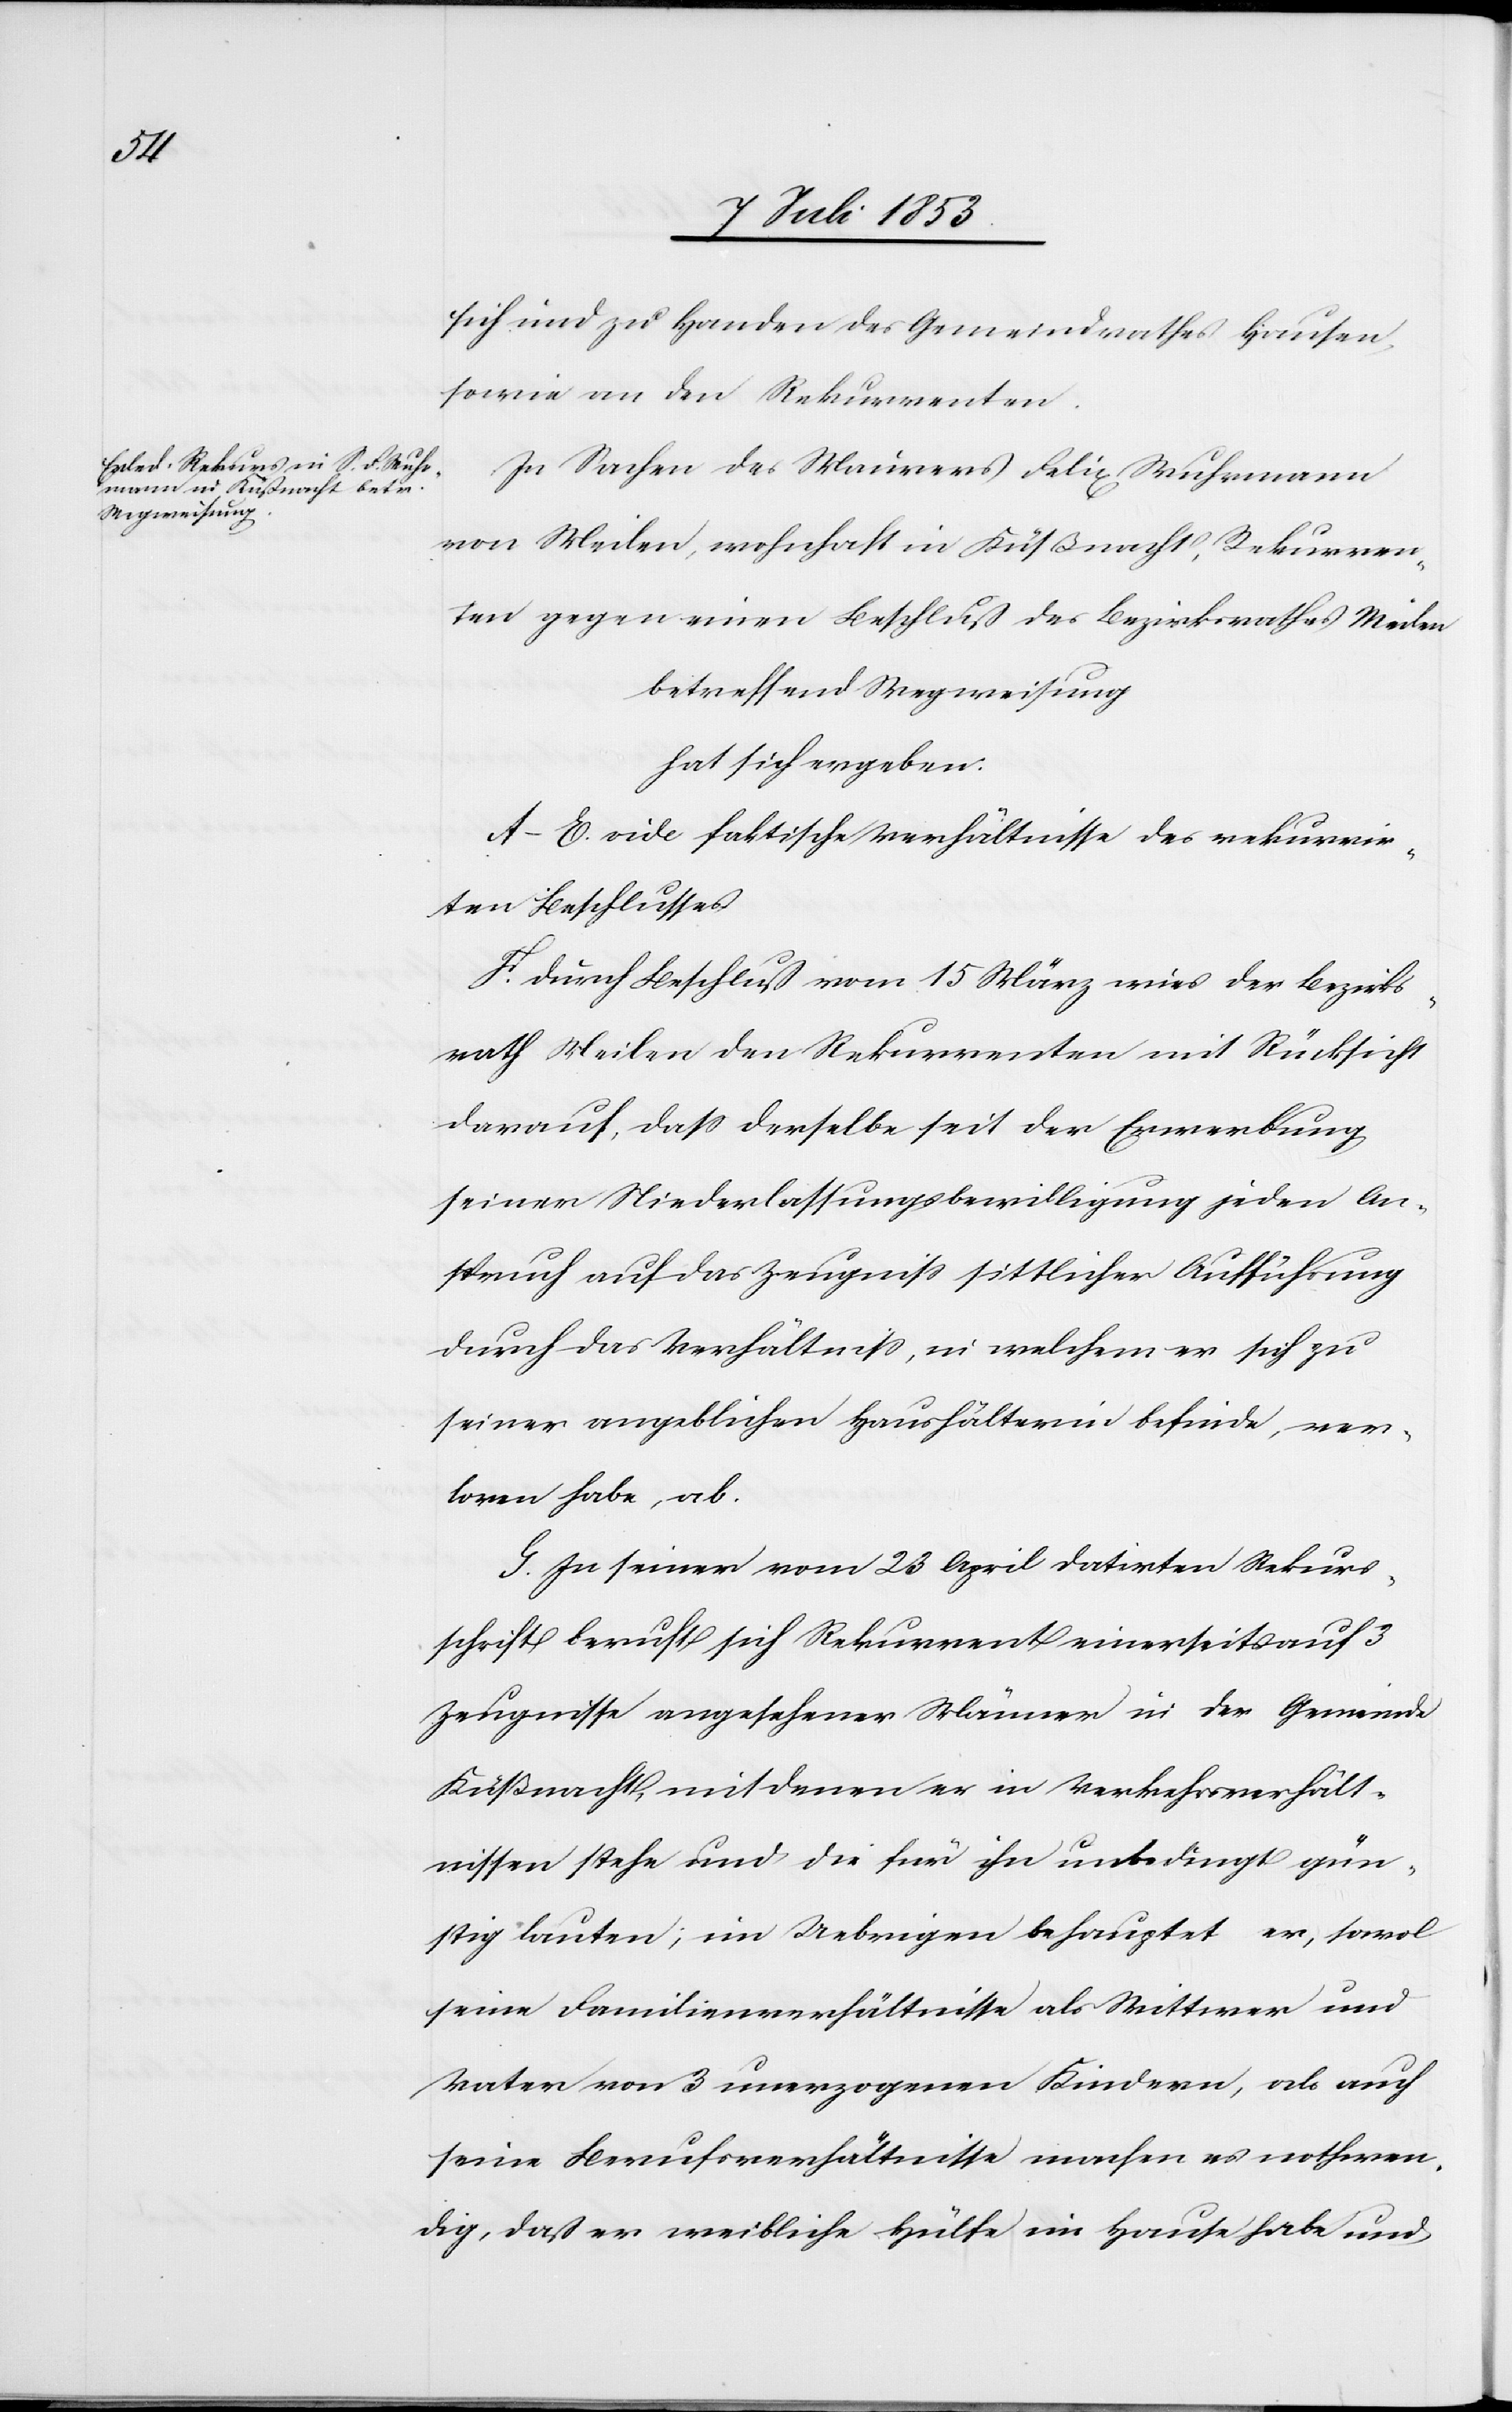
sich und zu Handen des Gemeindrathes Hausen,
sowie an den Rekurrenten.
In Sachen des Maurers Felix Wuhrmann
von Meilen, wohnhaft in Küßnacht, Rekurren¬
ten gegen einen Beschluß des Bezirksrathes Meilen
betreffend Wegweisung
hat sich ergeben:
A–E vide faktische Verhältnisse des rekurrir¬
ten Beschlusses
F. Durch Beschluß vom 15 März wies der Bezirks¬
rath Meilen den Rekurrenten mit Rücksicht
darauf, daß derselbe seit der Erwerbung
seiner Niederlassungsbewilligung jeden An¬
spruch auf das Zeugniß, in welchem er sich zu
seiner angeblichen Haushälterin befinde, ver¬
loren habe, ab.
G. In seiner vom 23 April datirten Rekurs¬
schrift beruft sich Rekurrent einerseits auf 3
Zeugnisse angesehener Männer in der Gemeinde
Küßnacht, mit denen er in Verkehrsverhält¬
nissen stehe und die für ihn unbedingt gün¬
stig lauten; im Uebrigen behauptet er, sowol
seine Familienverhältnisse als Wittwer und
Vater von 3 unerzogenen Kindern, als auch
seine Berufsverhältnisse machen es nothwen¬
dig, daß er weibliche Hülfe im Hause habe und